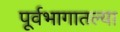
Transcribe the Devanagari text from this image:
पूर्वभागातल्या